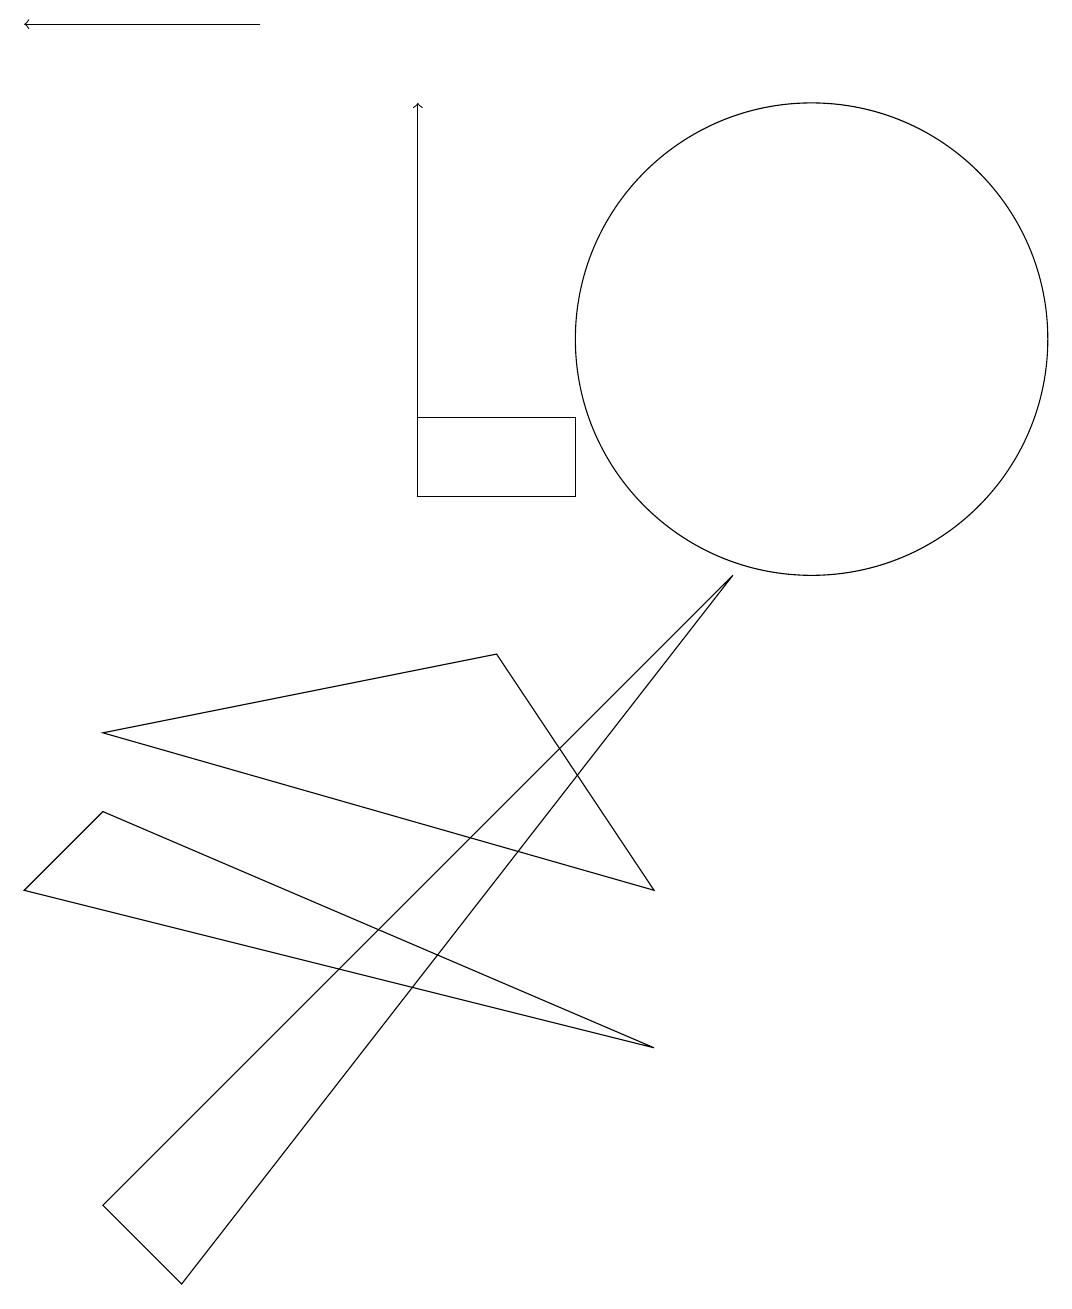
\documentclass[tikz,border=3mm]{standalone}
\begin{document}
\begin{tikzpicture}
\draw[->] (5,11) -- (5,15);
\draw (9,9) -- (2,0) -- (1,1) -- cycle;
\draw[->] (3,16) -- (0,16);
\draw (6,8) -- (8,5) -- (1,7) -- cycle;
\draw (8,3) -- (1,6) -- (0,5) -- cycle;
\draw (7,10) rectangle (5,11);
\draw (10,12) circle (3);
\draw (12,10) circle (0);
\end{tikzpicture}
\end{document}